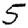
Digit: 5